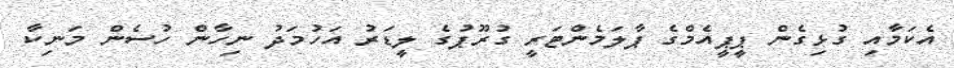
އެކަމާއި ގުޅިގެން ޕީޕީއެމްގެ ޕާލަމެންޓަރީ ގުރޫޕުގެ ލީޑަރު އަހުމަދު ނިހާން ހުސެން މަނިކާ